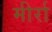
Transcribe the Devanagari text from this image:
मीर्रा